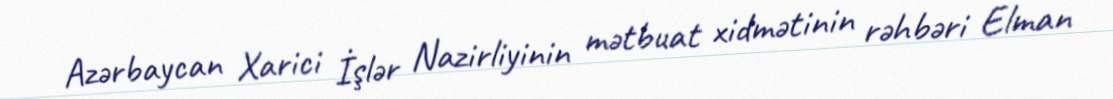
Azərbaycan Xarici İşlər Nazirliyinin mətbuat xidmətinin rəhbəri Elman